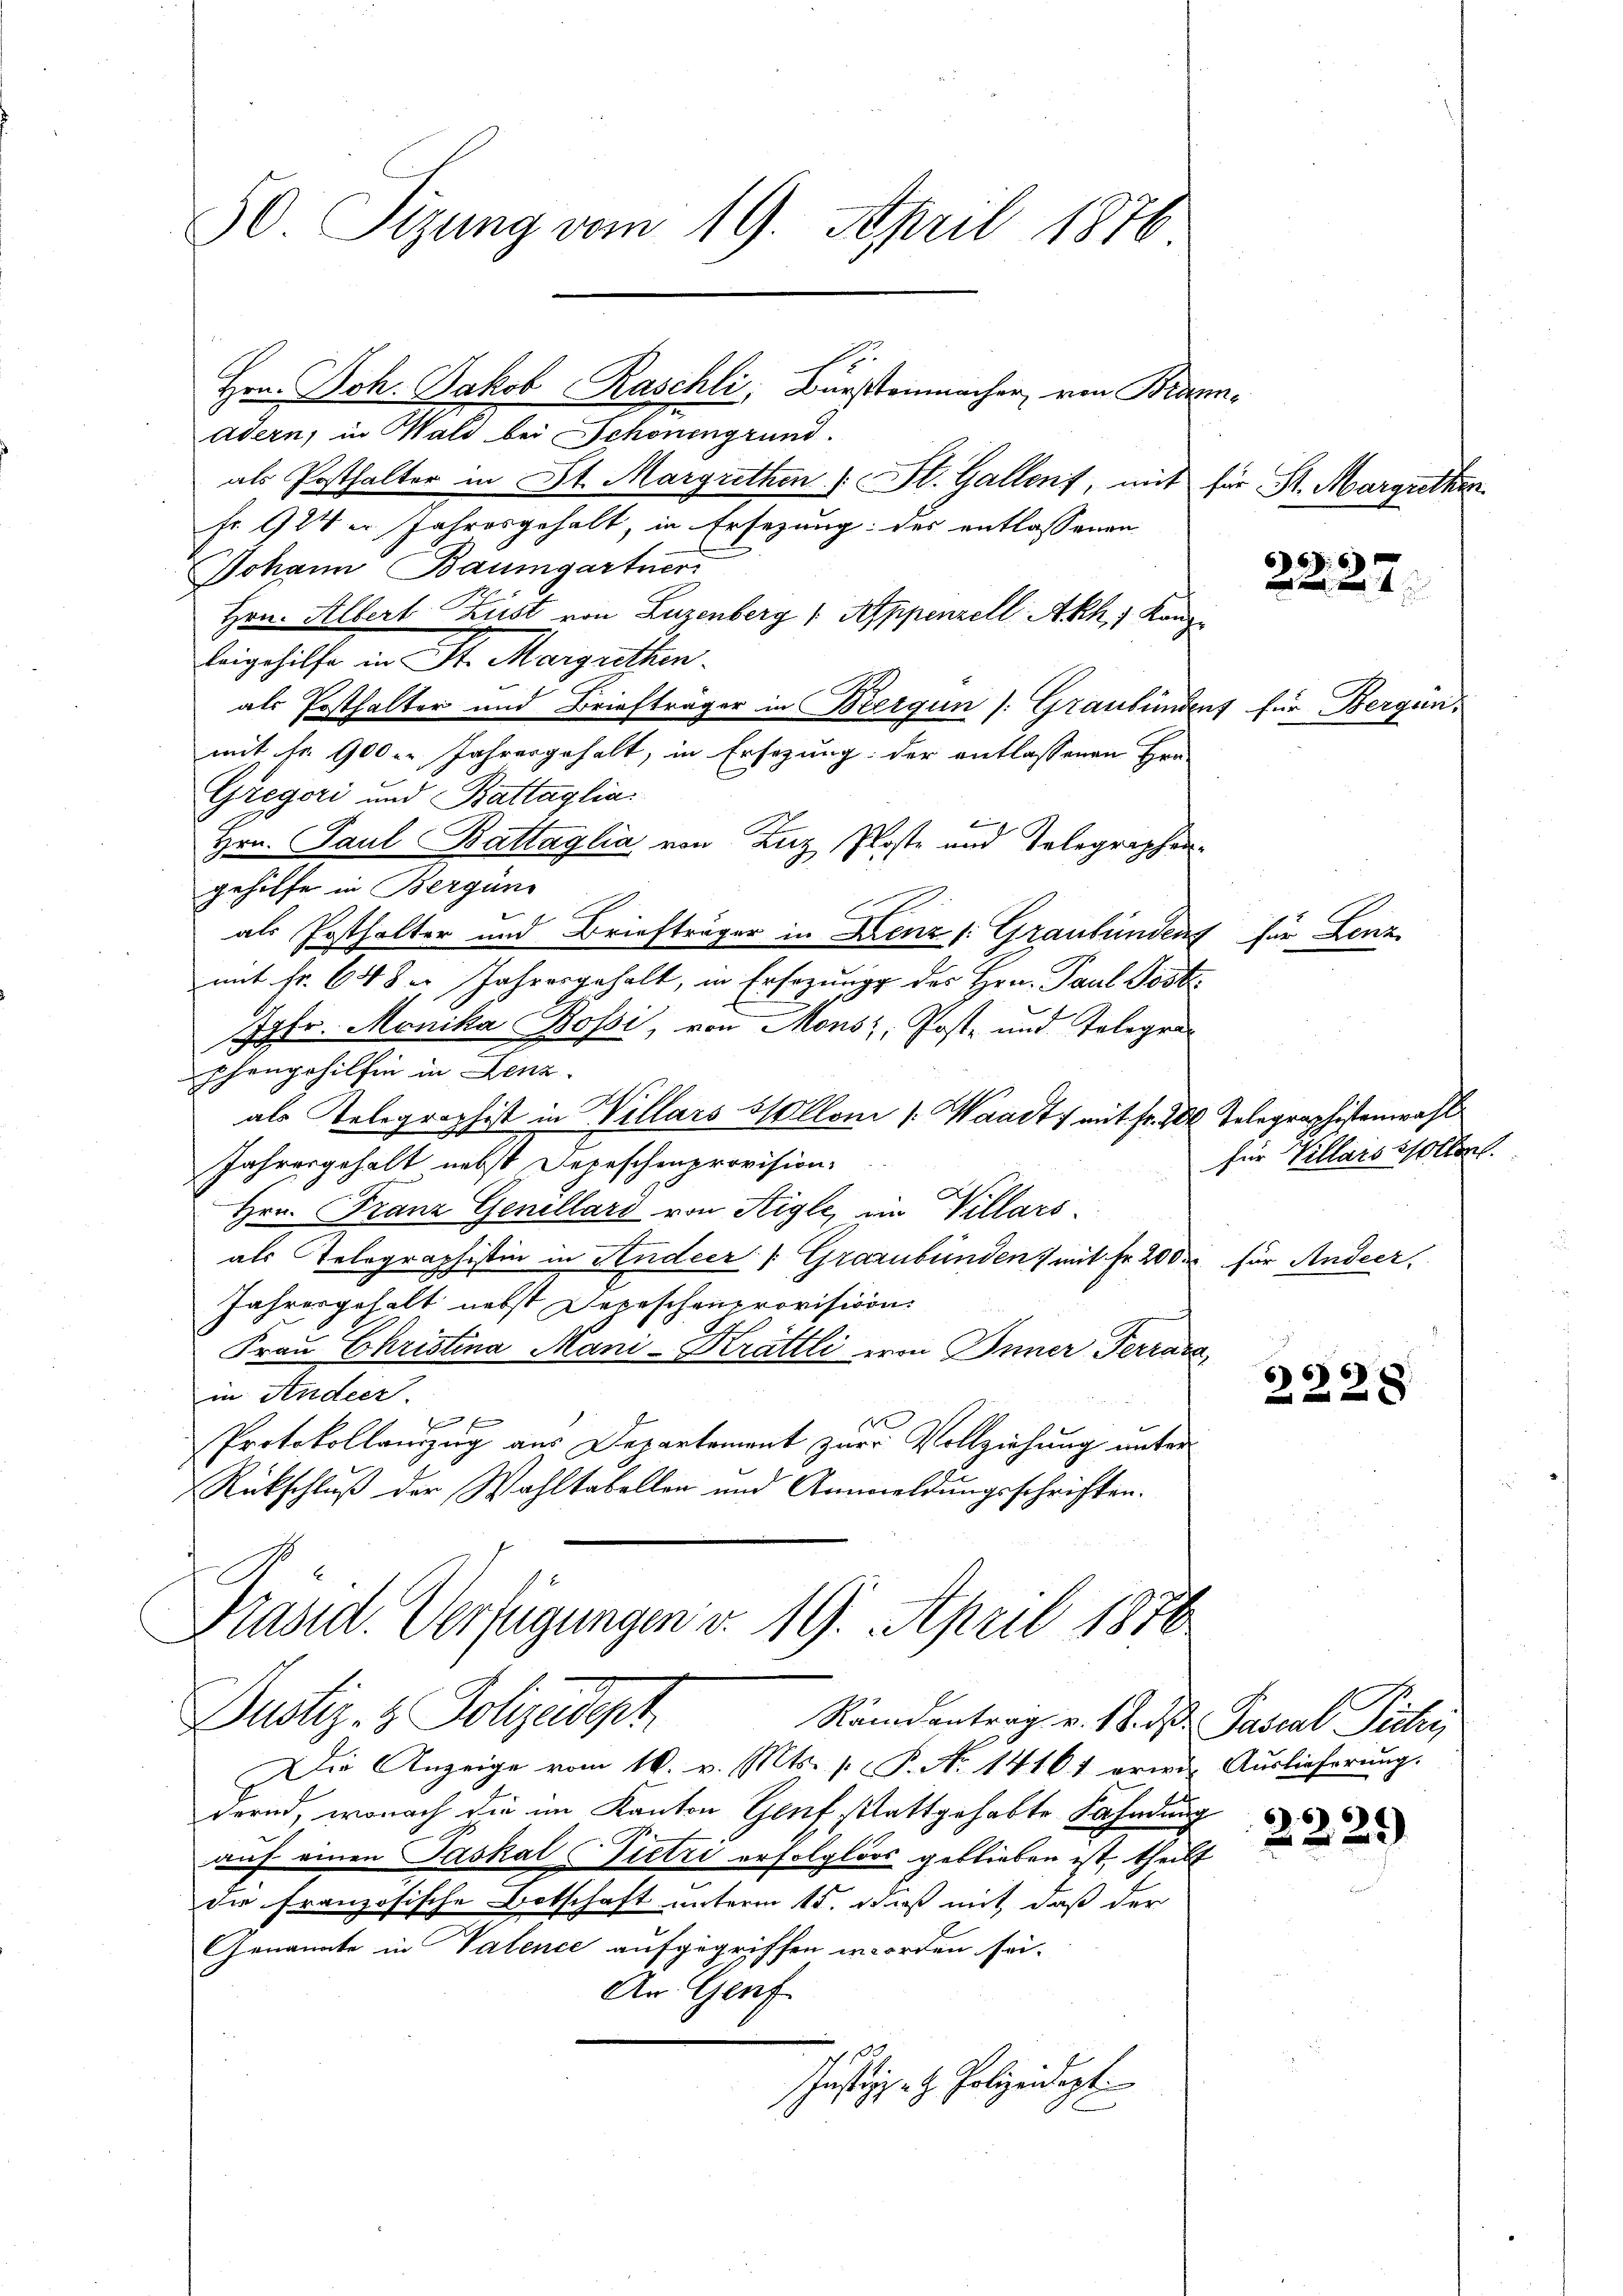
50. Sizung vom 19. April 1876
Hrn. Joh. Jakob Raschli, Bürstenmacher, von Brannadern, in Wald bei Schonengrund.
als Posthalter in St. Margrethen (: St. Gallent, mit für St. Marguthen
fr. 124 er Jahresgehalt, in Ersezung des entlassenen

Johann Baumgartner
Hrn. Albert Kust von Luzenberg ( Appenzell Akh, 1 Kanz¬
Leigehilfe in St. Margrethen.
als Posthalter und Briefträger in Bergün /: Graubünden für Bergen
mit Fr. 900. Jahresgehalt, in Ersezung der entlassenen Her
Gregori und Battaglia
Hrn. Paul Battaglia von Zuz Poste und Telegraphengehilfe in Bergüns
als Posthalter und Briefträger in Grenz /: Graubündens
mit Fr. 648. Jahresgehalt, in Ersezung des Hrn. Paul Pöste
Jgfr. Monika Bossi, von Mons; Post- und Telegen
phengehilfen in Lenz
als Telegraphist in Willars Sollon 1. Waadt, mit Fr. 200
Jahresgehalt nebst Depeschenprovision.
Hrn. Franz Genellard von Aigle, in Villars
als Telegraphistin in Hudeer (Grazubünden 7 mit Fr. 200
Jahresgehalt nebst Depeschenprovision
Frau Christina Mani-Krättli von Inner Terrara,
in Andeer.
 x
f
Protokollanzug aus Departement zur Vollziehung unter
Rückschluß der Wahltabellen und Anmeldungsschriften.
Präsid. Verfügungen v. 19. April 1878
Justiz- & Polizeidigt
Rändentrag v. 18. d. Pascal Pichri
Die Anzeige vom 16. v. Mts. p. P. No 14161 erwin Auslieferŭng.
dernd, wonach die im Kanton Genf stattgehabte Fahndung
1.
auf einen Paskal ietri erfolglos geblieben ist, theilt
die französische Botschaft unterm 15. daß mit, daß der
Genannte in Valence aufgegriffen worden sei.
An Genf
Justizzet. Polizeidigt.

66.)
un und

für Lenz

Telegraphistenwahl
für Villars wollen.
für Andeer.

66
228

2229